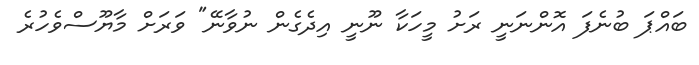
ބައްޕަ ބުނެފަ އޮންނަނީ ރަށު މީހަކާ ނޫނީ އިދެގެން ނުވާނޭ" ވަރަށް މާޔޫސްވެހުރެ